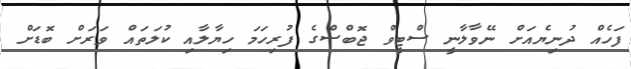
ފަހެއް ދުނިޔެއަށް ނޭވާލާނީ ސްޓީވް ޖޮބްސްގެ ފުރިހަމަ ހިޔާލާއި ކުލަތައް ވަރަށް ބޮޑަށް